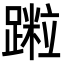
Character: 𨅀